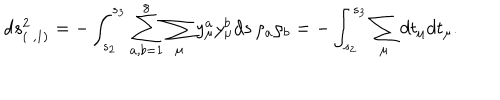
d s _ { ( \; , 1 ) } ^ { 2 } = - \int _ { s _ { 2 } } ^ { s _ { 3 } } \sum _ { a , b = 1 } ^ { 8 } \sum _ { \mu } { y } _ { \mu } ^ { a } { y } _ { \mu } ^ { b } d s \, \rho _ { a } \rho _ { b } = - \int _ { s _ { 2 } } ^ { s _ { 3 } } \sum _ { \mu } d { t } _ { \mu } d { t } _ { \mu } .